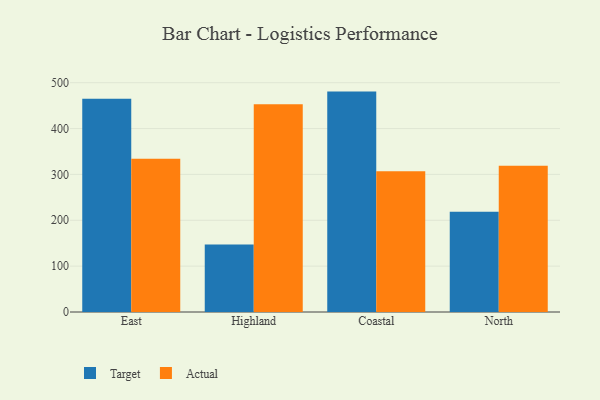
{"axis": {"x": "Region", "y": "Tickets Resolved"}, "legend": ["Actual", "Target"], "data": [{"x": "East", "y": 464.9, "type": "Target"}, {"x": "East", "y": 334.4, "type": "Actual"}, {"x": "Highland", "y": 147.4, "type": "Target"}, {"x": "Highland", "y": 453.0, "type": "Actual"}, {"x": "Coastal", "y": 480.6, "type": "Target"}, {"x": "Coastal", "y": 307.1, "type": "Actual"}, {"x": "North", "y": 218.7, "type": "Target"}, {"x": "North", "y": 318.8, "type": "Actual"}]}